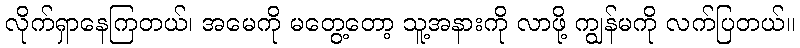
လိုက်ရှာနေကြတယ်၊ အမေကို မတွေ့တော့ သူ့အနားကို လာဖို့ ကျွန်မကို လက်ပြတယ်။